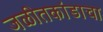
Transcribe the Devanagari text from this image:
जळीतकांडाचा